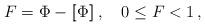
LaTeX: \begin{align*} F=\Phi-[\![\Phi]\!]\,,\quad 0\leq F < 1\,,\end{align*}